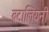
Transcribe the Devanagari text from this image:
बटालियनी